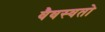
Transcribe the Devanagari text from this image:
वैवस्वतो